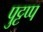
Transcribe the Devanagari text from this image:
पुट्टप्प